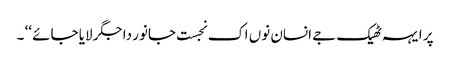
پر ایہہ ٹھیک جے انسان نوں اک نجست جانور دا جگر لایا جائے ‘‘ ۔